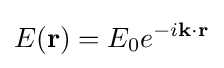
E(\mathbf {r} )=E_{0}e^{-i\mathbf {k} \cdot \mathbf {r} }